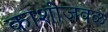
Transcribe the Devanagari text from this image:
काशीजवळ